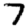
Digit: 7